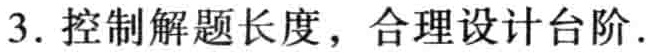
3. 控制解题长度，合理设计台阶.